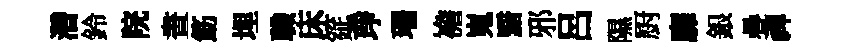
濳鈴院晝筯埋職床筵琤珊襜嵬黯邪呂隰厨靡銀疊禆